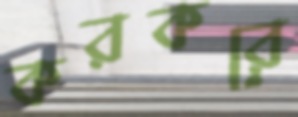
করকরে